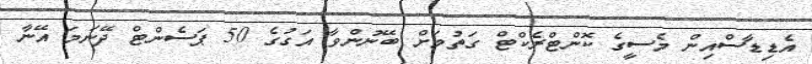
އެޑިޑާސްއިން މެސީގެ ކޮންޓްރެކްޓް ގަތުމަށް ބޭނުންވާ އަގުގެ 50 ޕަސެންޓް ދޭނަމަ އޭނާ